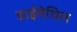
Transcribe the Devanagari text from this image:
डाईमेथिल